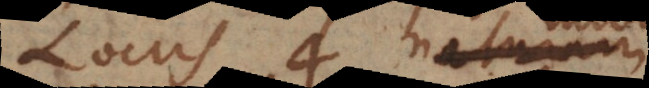
Locus 4 naturam